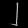
Digit: ၂